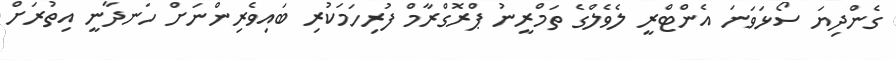
ގެންދިޔަ ސޯޅަވަނަ އެންޓްރީ ލެވެލްގެ ތަމްރީނު ޕްރޮގްރާމް ފުރިހަމަކުރި ބައިވެރިންނަށް ހަނދާނީ އިތުރަށް